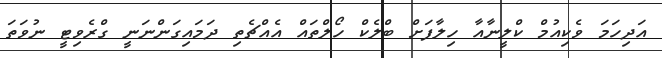
އަދިހަމަ ވެކިއުމް ކްލީނާއާ ހިލާފަށް ބްލެކް ހޯލްތައް އެއްޗެތި ދަމައިގަންނަނީ ގްރެވިޓީ ނުވަތަ